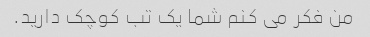
من فکر می کنم شما یک تب کوچک دارید.